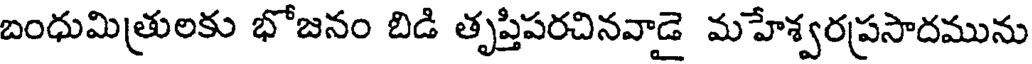
బంధుమిత్రులకు భోజనం బిడి తృప్తిపరచినవాడై మహేశ్వరప్రసాదమును